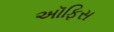
અૉફિસ